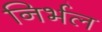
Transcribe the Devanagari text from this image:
निर्भल